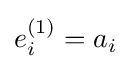
e_{i}^{(1)}=a_{i}